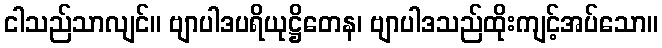
ငါသည်သာလျင်။ ဗျာပါဒပရိယုဋ္ဌိတေန၊ ဗျာပါဒသည်ထိုးကျင့်အပ်သော။